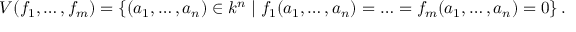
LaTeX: V ( f _ { 1 } , \ldots , f _ { m } ) = \left\{ ( a _ { 1 } , \ldots , a _ { n } ) \in k ^ { n } \; | \; f _ { 1 } ( a _ { 1 } , \ldots , a _ { n } ) = \ldots = f _ { m } ( a _ { 1 } , \ldots , a _ { n } ) = 0 \right\} .